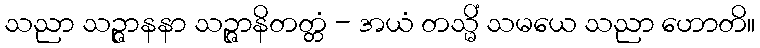
သညာ သဉ္ဇာနနာ သဉ္ဇာနိတတ္တံ - အယံ တသ္မိံ သမယေ သညာ ဟောတိ။